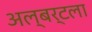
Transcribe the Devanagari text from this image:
अल्बर्टला